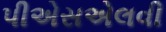
પીએસએલવી